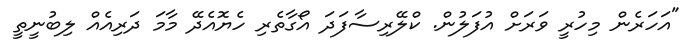
"އަހަރެން މިހުރީ ވަރަށް އުފަލުން. ކްލޭރިސާފަދަ އޯގާތެރި ހެޔޮއެދޭ މާމަ ދަރިއެއް ލިބުނީތީ